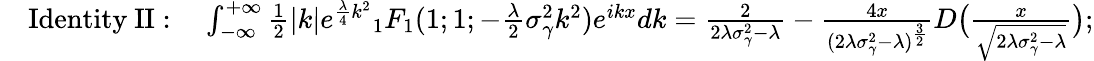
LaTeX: \begin{array}{rlr}&{\mathrm{Identity\ II:}\ }&{\int_{-\infty}^{+\infty}\frac{1}{2}|k|e^{\frac{\lambda}{4}k^{2}}{_1F_{1}}(1;1;-\frac{\lambda}{2}\sigma_{\gamma}^{2}k^{2})e^{ikx}dk=\frac{2}{2\lambda\sigma_{\gamma}^{2}-\lambda}-\frac{4x}{(2\lambda\sigma_{\gamma}^{2}-\lambda)^{\frac{3}{2}}}D\big(\frac{x}{\sqrt{2\lambda\sigma_{\gamma}^{2}-\lambda}}\big);}\end{array}